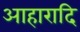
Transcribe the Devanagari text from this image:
आहारादि